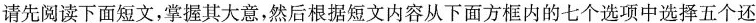
请先阅读下面短文,掌握其大意,然后根据短文内容从下面方框内的七个选项中选择五个还